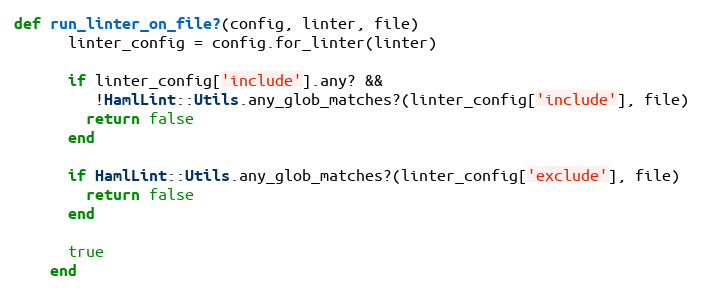
Language: Ruby
def run_linter_on_file?(config, linter, file)
      linter_config = config.for_linter(linter)

      if linter_config['include'].any? &&
         !HamlLint::Utils.any_glob_matches?(linter_config['include'], file)
        return false
      end

      if HamlLint::Utils.any_glob_matches?(linter_config['exclude'], file)
        return false
      end

      true
    end